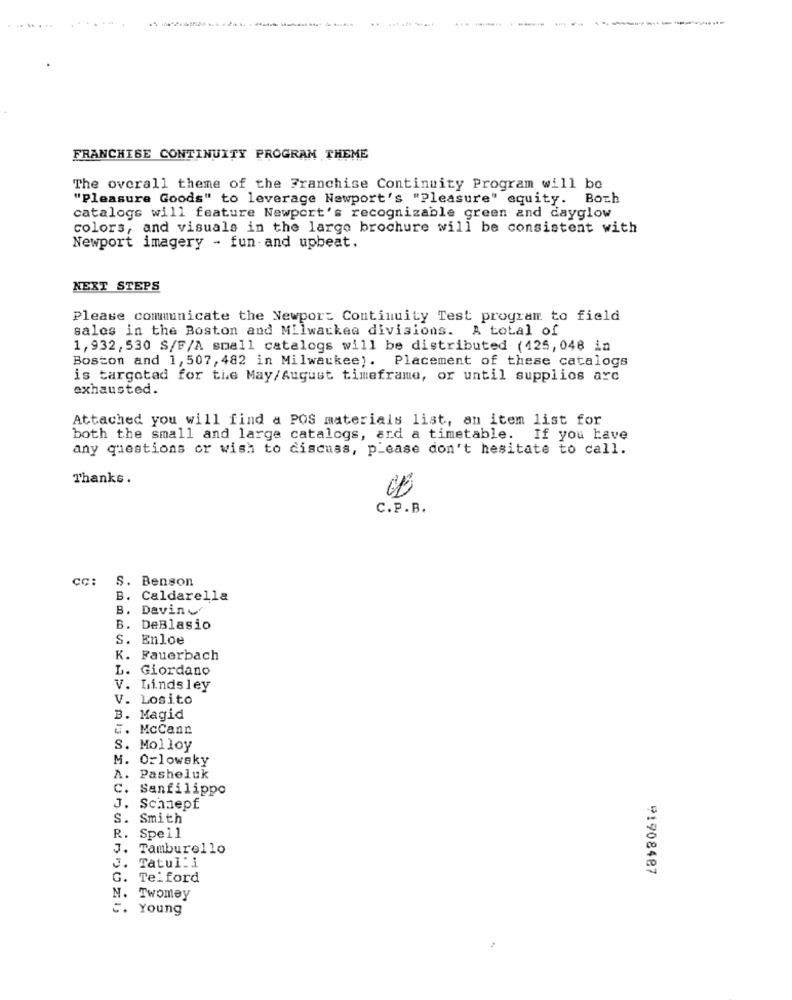
...
FRANCHISE CONTINUITY PROGRAM THEME
The overall theme of the Franchise Continuity Program will be
"Pleasure Goods" to leverage Newport's "Pleasure" equity. Both
catalogs will feature Newport's recognizable green and dayglow
colors, and visuals in the large brochure will be consistent with
Newport imagery - fun-and upbeat.
NEXT STEPS
Please communicate the Newpor: Continuity Test program to field
sales in the Boston and Milwaukee divisions. A total of
1,932, 530 S/F/A small catalogs will be distributed (425,048 in
Boston and 1, 507, 482 in Milwaukee). Placement of these catalogs
is targotad for the May/August timeframe, or until supplios arc
exhausted.
Attached you will find a POS materials list, an item list for
both the small and large catalogs, ard a timetable. If you have
any questions or wish to discuss, please don't hesitate to call.
Thanks .
C.P.B.
CC:
S. Benson
B. Caldarella
. Davin
B.
DeBlasio
S. Enloe
K.
Fauerbach
L.
Giordano
V. Lindsley
V. Losito
B. Magid
.. McCann
S. Molloy
M. Orlowsky
A. Pasheluk
c.
Sanfilippo
J.
Schnepf
S.
Smith
R.
Spell
J. Tamburello
3.
Tatul: i
91908487
G.
Telford
N. Twomey
. Young